Leaving Certificate Examination, 1921
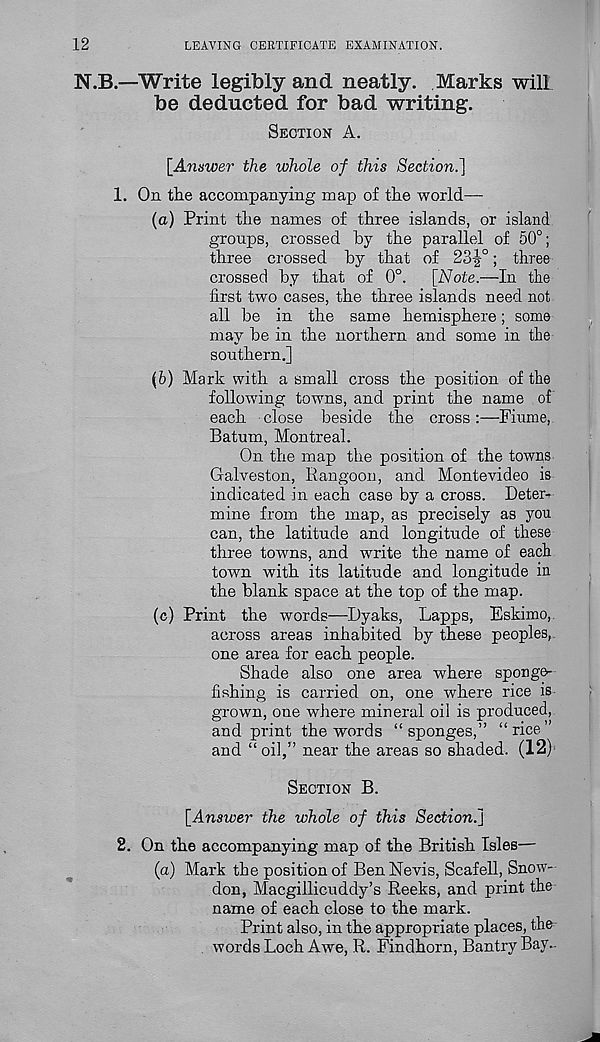
12
LEAVING CERTIFICATE EXAMINATION.
N.B.—Write legibly and neatly. Marks will
be deducted for bad writing.
SECTION A.
[Answer the whole of this Section.]
1. On the accompanying map of the world—
(a) Print the names of three islands, or island
groups, crossed by the parallel of 50°;
three crossed by that of 23|°; three
crossed by that of 0°. [Note.—In the
first two cases, the three islands need not
all be in the same hemisphere; some
may be in the northern and some in the
southern.]
(b) Mark with a small cross the position of the
following towns, and print the name of
each close beside the cross:—Fiume,
Batum, Montreal.
On the map the position of the towns
Galveston, Rangoon, and Montevideo is
indicated in each case by a cross. Deter-
mine from the map, as precisely as you
can, the latitude and longitude of these
three towns, and write the name of each
town with its latitude and longitude in
the blank space at the top of the map.
(c) Print the words—Dyaks, Lapps, Eskimo,
across areas inhabited by these peoples,
one area for each people.
Shade also one area where sponge-
fishing is carried on, one where rice is
grown, one where mineral oil is produced,
and print the words “sponges,” “rice”
and “ oil,” near the areas so shaded. (12)'
SECTION B.
[Answer the whole of this Section.]
2. On the accompanying map of the British Isles—
(a) Mark the position of Ben Nevis, Scafell, Snow-
don, Macgillicuddy’s Reeks, and print the
name of each close to the mark.
Print also, in the appropriate places, the
words Loch Awe, R. Findhorn, BantryBay.